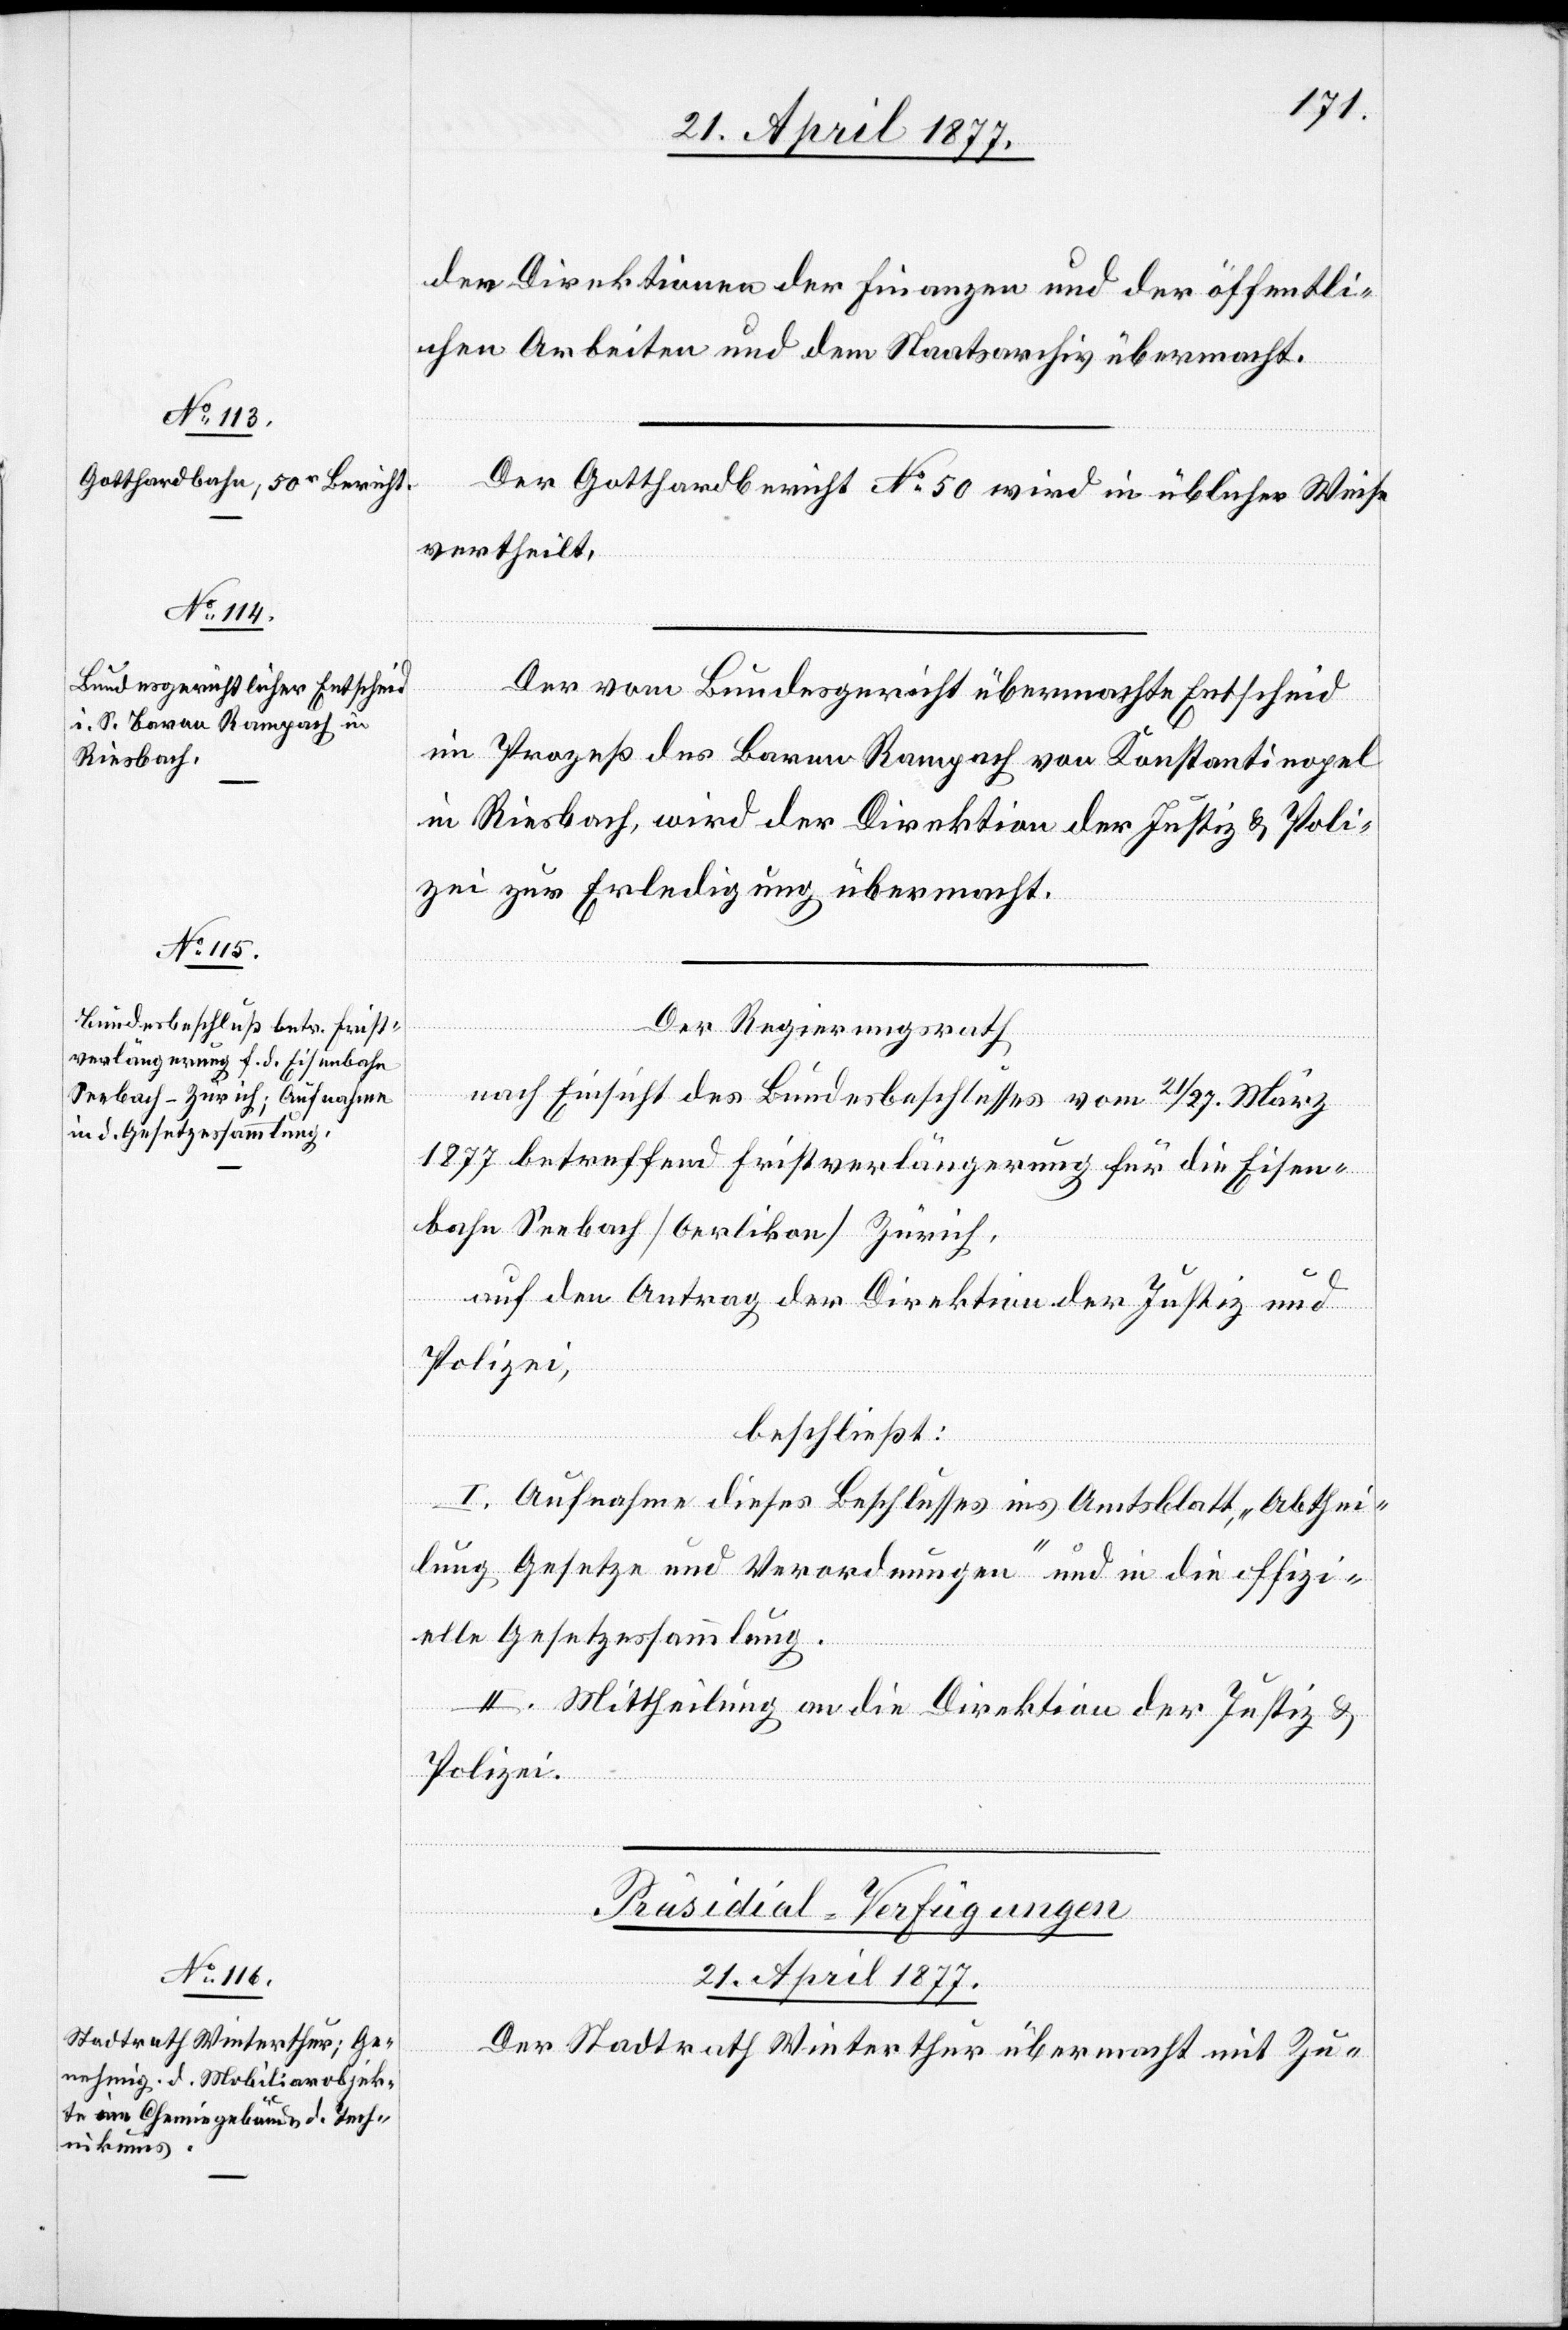
den Direktionen der Finanzen und der öffentli¬
chen Abreiten und dem Staatsarchiv übermacht.
Der Gotthardbericht No 50 wird in üblicher Weise
vertheilt.
Der vom Bundesgericht übermachte Entscheid
im Prozeß des Baron Rampach von Konstantinopel
in Riesbach, wird der Direktion der Justiz & Poli¬
zei zur Erledigung übermacht.
Der Regierungsrath,
nach Einsicht des Bundesbeschlusses vom 21./27. März
1877 betreffend Fristverlängerung für die Eisen¬
bahn Seebach[–][Oerlikon][–]Zürich,
auf den Antrag der Direktion der Justiz und
Polizei,
beschließt:
I. Aufnahme dieses Beschlusses ins Amtsblatt, “Abthei¬
lung Gesetze und Verordnungen“ und in die offizi¬
elle Gesetzessammlung.
II. Mittheilung an die Direktion der Justiz &
Polizei.
Präsidial-Verfügungen
21. April 1877.
Der Stadtrath Winterthur übermacht mit Zu-